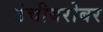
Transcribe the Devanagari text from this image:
उंचीबरोबर